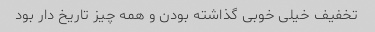
تخفیف خیلی خوبی گذاشته بودن و همه چیز تاریخ دار بود